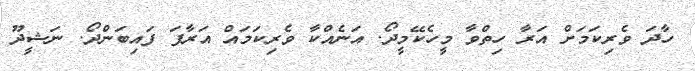
ހާދަ ވެރިކަމަށް އަރާ ހިތްވާ މީހެކޭމީދޯ. އަނެއްކާ ވެރިކަމައް އަރާފަ ފައިބަންދޯ. ނަޝީދޫ